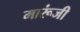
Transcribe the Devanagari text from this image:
मारूंजी